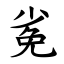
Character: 㝹